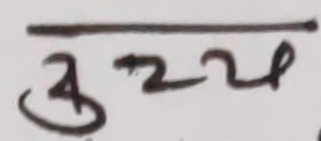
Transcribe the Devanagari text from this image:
उ२ख